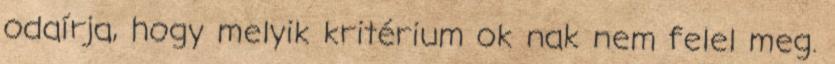
odaírja, hogy melyik kritérium ok nak nem felel meg.